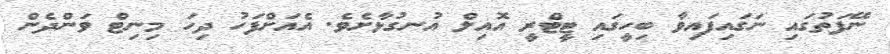
ނޭފަތުގައި ނަގައިފައިވާ ބިހީގައި ޓީޓްރީ އޮއިލް އުނގުޅާށެވެ. އެއަށްފަހު ދިހަ މިނިޓް ވަންދެން